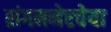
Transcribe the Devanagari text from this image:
संगमनेरचेया